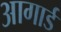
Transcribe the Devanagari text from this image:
आगार्ड